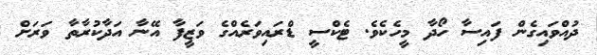
ދުއްވައިގެން ފައިސާ ހޯދާ މީހެކެވެ. ޓެކްސީ ޑްރައިވަރެއްގެ ވަޒީފާ އޭނާ އަދާކުރާތާ ވަރަށް